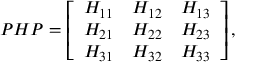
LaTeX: P H P = \left[ \begin{array} { r r r } { { H _ { 1 1 } } } & { { H _ { 1 2 } } } & { { H _ { 1 3 } } } \\ { { H _ { 2 1 } } } & { { H _ { 2 2 } } } & { { H _ { 2 3 } } } \\ { { H _ { 3 1 } } } & { { H _ { 3 2 } } } & { { H _ { 3 3 } } } \end{array} \right] ,